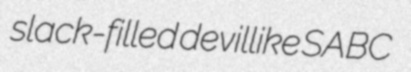
slack-filled devillike SABC